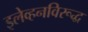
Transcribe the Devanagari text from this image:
इलेव्हनविरूद्ध